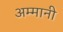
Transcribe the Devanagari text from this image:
अम्मानी